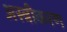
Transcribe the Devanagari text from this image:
अस्त्रीकरण